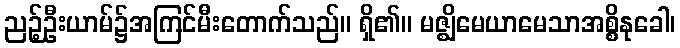
ညဉ့်ဦးယာမ်၌အကြင်မီးတောက်သည်။ ရှိ၏။ မဇ္ဈိမေယာမေသာအစ္စိနုခေါ၊